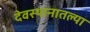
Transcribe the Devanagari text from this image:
देवस्थानातल्या